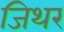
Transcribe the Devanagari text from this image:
जिथर